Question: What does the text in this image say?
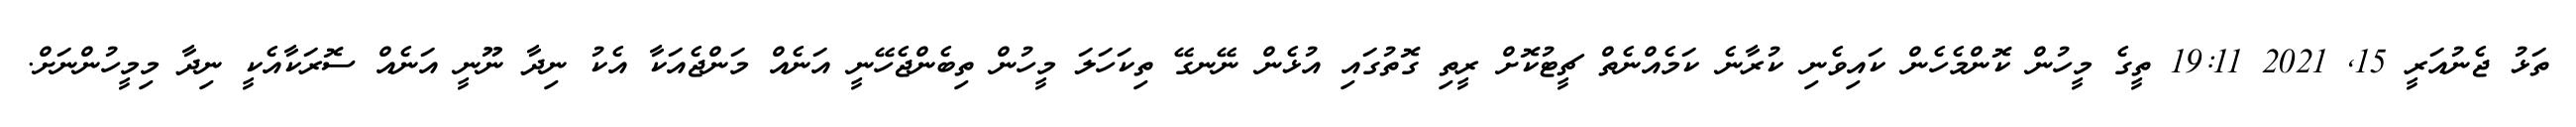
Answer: ތަޅު ޖެނުއަރީ 15, 2021 19:11 ތީގެ މީހުން ކޮންމެހެން ކައިވެނި ކުރާނެ ކަމެއްނެތް ޗީޓުކޮށް ރީތި ގޮތުގައި އުޅެން ނޭނގޭ ތިކަހަލަ މީހުން ތިބެންޖެހޭނީ އަނެއް މަންޖެއަކާ އެކު ނިދާ ނޫނީ އަނެއް ސޮރަކާއެކީ ނިދާ މިމީހުންނަށް.